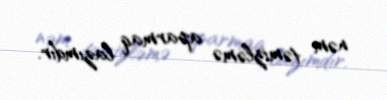
nəm təmizləmə aparmaq lazımdır.